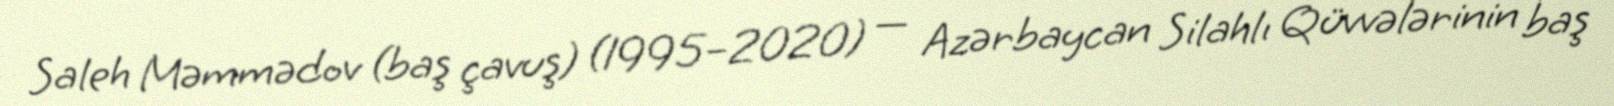
Saleh Məmmədov (baş çavuş) (1995–2020) — Azərbaycan Silahlı Qüvvələrinin baş